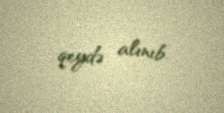
qeydə alınıb.